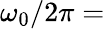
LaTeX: \omega_{0}/2\pi=